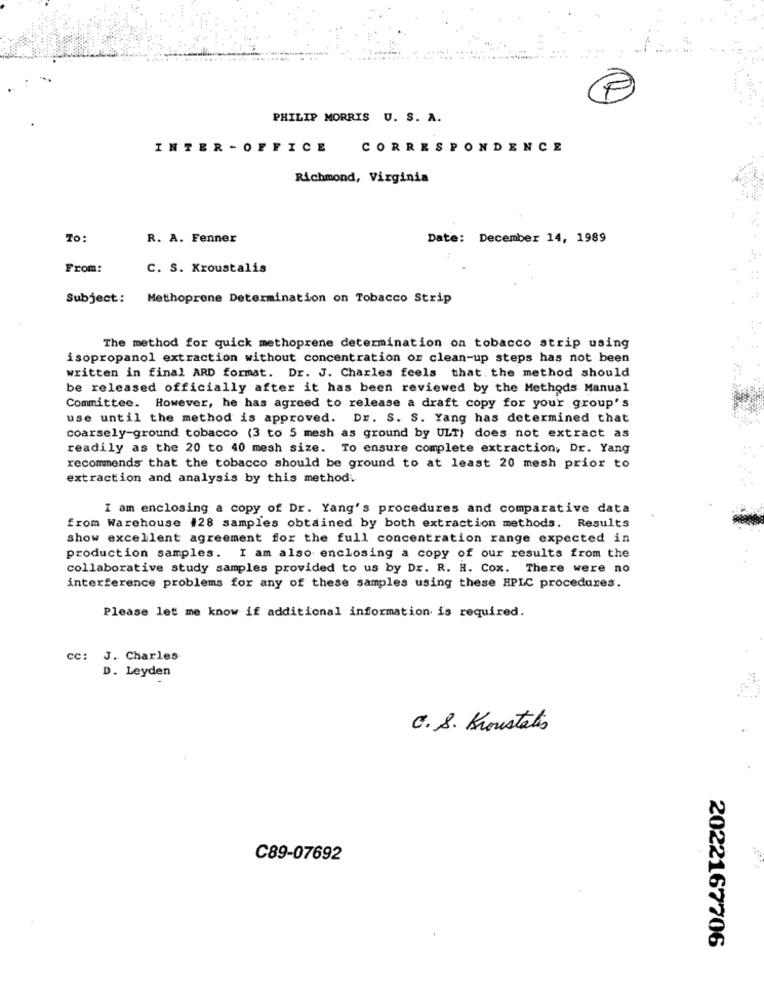
PHILIP MORRIS U. S. A.
INTER - OFFICE
CORRESPONDENCE
Richmond, Virginia
To:
R. A. Fenner
Date: December 14, 1989
From:
C. S. Kroustalis
Subject:
Methoprone Determination on Tobacco Strip
The method for quick methoprene determination on tobacco strip using
isopropanol extraction without concentration or clean-up steps has not been
written in final ARD format. Dr. J. Charles feels that. the method should
be released officially after it has been reviewed by the Methods Manual
Committee. However, he has agreed to release a draft copy for your group's
use until the method is approved. Dr. S. S. Yang has determined that
coarsely-ground tobacco (3 to 5 mesh as ground by ULT) does not extract as
readily as the 20 to 40 mesh size. To ensure complete extraction, Dr. Yang
recommends that the tobacco should be ground to at least 20 mesh prior to
extraction and analysis by this method.
I am enclosing a copy of Dr. Yang's procedures and comparative data
from Warehouse #28 samples obtained by both extraction methods. Results
show excellent agreement for the full concentration range expected in
production samples. I am also enclosing a copy of our results from the
collaborative study samples provided to us by Dr. R. H. Cox. There were no
interference problems for any of these samples using these HPLC procedures.
Please let me know if additional information is required.
CC: J. Charles
D. Leyden
C. S. Kroustatis
C89-07692
2022167706